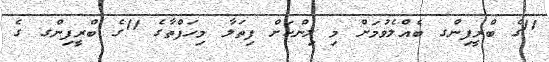
11ގެ ބްރީފިންގ ބެއްލެވުމަށް މި ލިންކަށް ފިތަލާ މިހަފްތާގެ 11ގެ ބްރީފިންގ ގެ